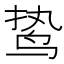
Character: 鸷